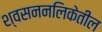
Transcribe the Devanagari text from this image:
श्वसननलिकेतील